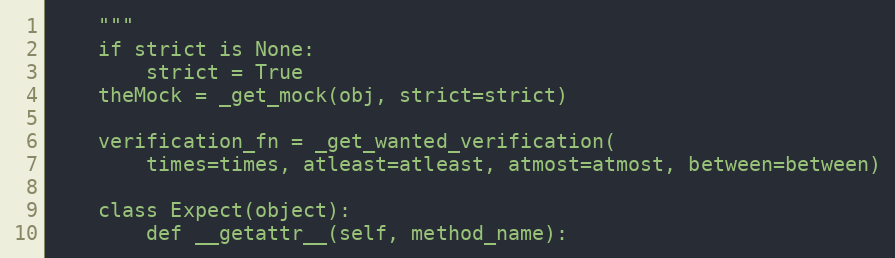
Language: Python
    """
    if strict is None:
        strict = True
    theMock = _get_mock(obj, strict=strict)

    verification_fn = _get_wanted_verification(
        times=times, atleast=atleast, atmost=atmost, between=between)

    class Expect(object):
        def __getattr__(self, method_name):